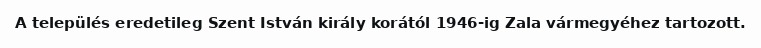
A település eredetileg Szent István király korától 1946-ig Zala vármegyéhez tartozott.